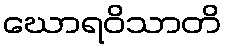
ဃောရဝိသာတိ